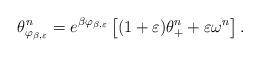
LaTeX: \begin{align*} \theta_{\varphi_{\beta,\varepsilon}}^n = e^{\beta \varphi_{\beta,\varepsilon}} \left[(1+\varepsilon)\theta^n_+ + \varepsilon \omega^n \right]. \end{align*}